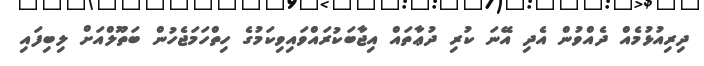
ދިރިއުޅުމެއް ދެއްވުން އެދި އޭނަ ކުރި ދުޢާތައް އިޖާބަކުރައްވައިވިކަމުގެ ހިތްހަމަޖެހުން ބަތޫލްއަށް ލިބިފައި